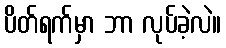
ပိတ်ရက်မှာ ဘာ လုပ်ခဲ့လဲ။